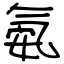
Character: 氨